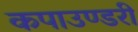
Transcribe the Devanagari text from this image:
कपाउण्डरी